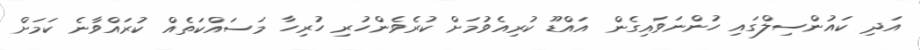
އަދި ކައުންސިލްގައި ހުންނަވައިގެން އައްޑޫ ކުރިއެވުމަށް ކުރެވެންހުރި ހުރިހާ މަސައްކަތެއް ކުރައްވާނެ ކަމަށް